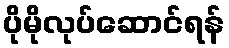
ပိုမိုလုပ်ဆောင်ရန်